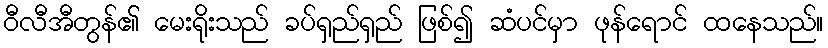
ဝီလီအီတွန်၏ မေးရိုးသည် ခပ်ရှည်ရှည် ဖြစ်၍ ဆံပင်မှာ ဖုန်ရောင် ထနေသည်။